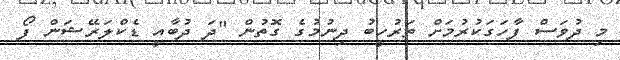
މި ދުވަސް ފާހަގަކުރުމަށް ތަރުހީބު ދިނުމުގެ ގޮތުން "ދަ ދުބާއީ ޑެކްލަރޭޝަން ފޯ